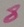
Text: 8